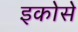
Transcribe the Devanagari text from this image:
इकोसे